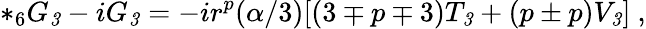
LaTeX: {*_{6}}G_{\mathit 3}-iG_{\mathit 3}=-ir^{p}(\alpha/3)[(3\mp p\mp 3)T_{\mathit 3}+(p\pm p)V_{\mathit 3}]\ ,